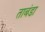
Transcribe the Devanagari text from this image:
ताबंडा